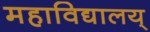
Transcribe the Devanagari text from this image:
महाविद्यालय्